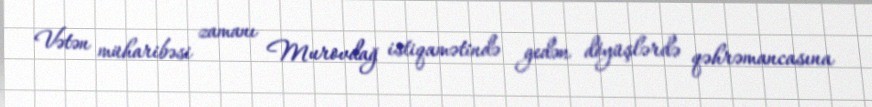
Vətən müharibəsi zamanı Murovdağ istiqamətində gedən döyüşlərdə qəhrəmancasına